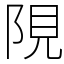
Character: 䧋